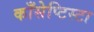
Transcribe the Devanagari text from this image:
काँसेप्टिस्टा